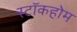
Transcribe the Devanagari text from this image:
स्टाॅकहोम